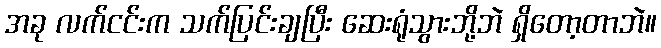
အခု လက်ငင်းက သက်ပြင်းချပြီး ဆေးရုံသွားဘို့ဘဲ ရှိတော့တာဘဲ။